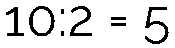
10:2 = 5